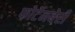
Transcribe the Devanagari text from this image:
फोर्टेनबेरी